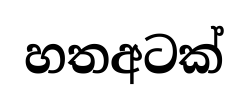
හතඅටක්